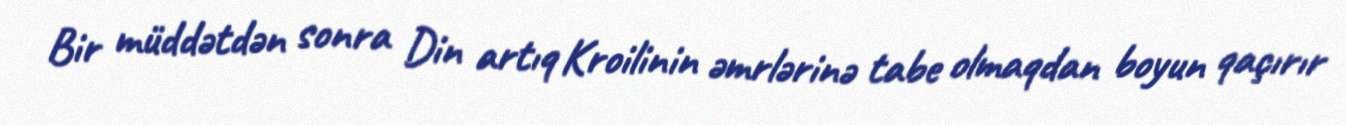
Bir müddətdən sonra Din artıq Kroilinin əmrlərinə tabe olmaqdan boyun qaçırır